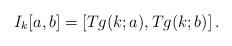
LaTeX: \begin{align*} I_{k}[a, b]= \left[T g(k; a), Tg(k; b) \right]. \end{align*}